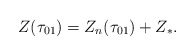
\begin{align*}Z(\tau_{01})=Z_n(\tau_{01})+Z_*.\end{align*}